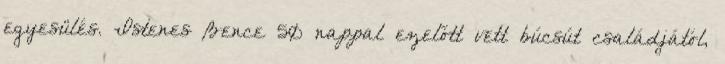
egyesülés. Istenes Bence 50 nappal ezelőtt vett búcsút családjától,